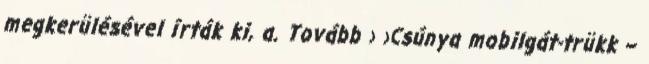
megkerülésével írták ki, a. Tovább › ›Csúnya mobilgát-trükk –